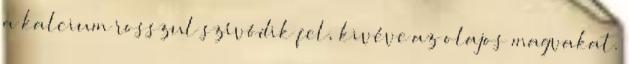
a kalcium rosszul szívódik fel, kivéve az olajos magvakat.